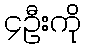
၄ဦးကို